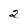
Character: 2